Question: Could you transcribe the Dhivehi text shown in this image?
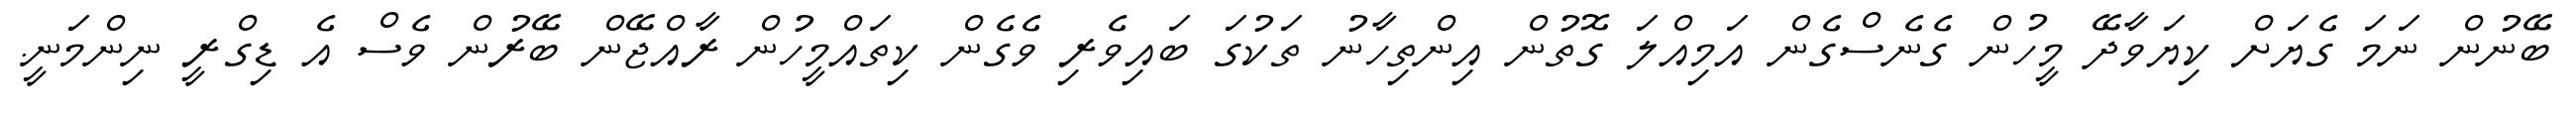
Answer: ބޭނުން ނަމަ ގެޔަށް ކިޔަވާދޭ މީހުން ގެނެސްގެން އަމިއްލަ ގޮތުން އިންތިހާނު ތަކުގަ ބައިވެރި ވެގެން ކިތައްމީހުން ރާއްޖޭން ބޭރުން ވެސް އެ ޑިގްރީ ނިންމަނީ.